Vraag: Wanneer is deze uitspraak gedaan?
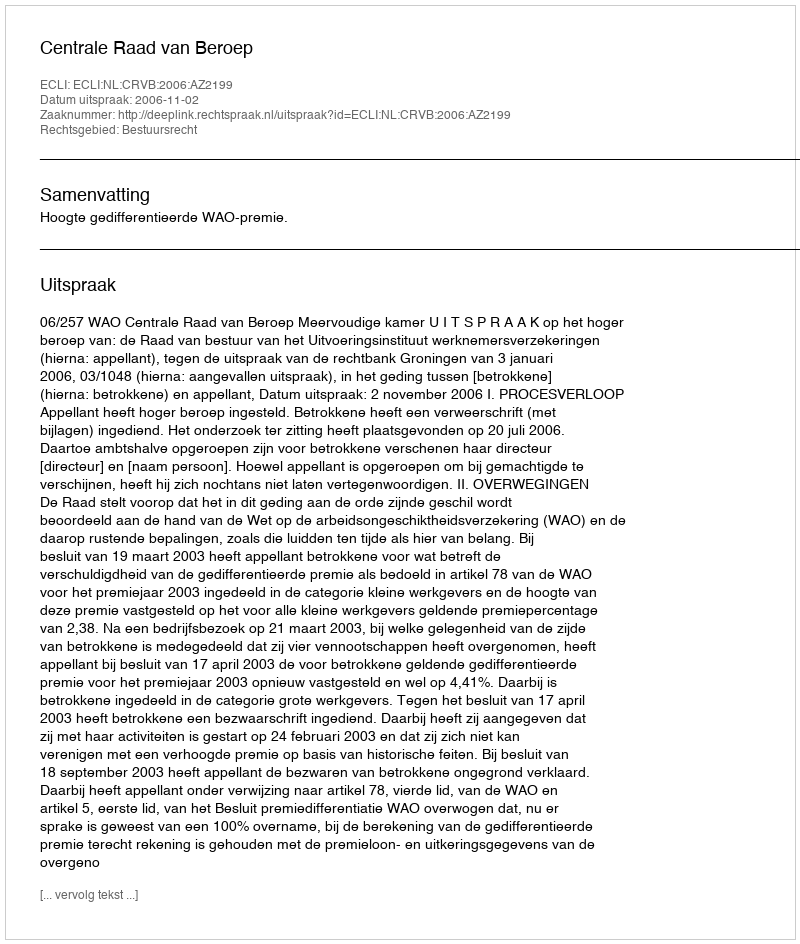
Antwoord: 2006-11-02